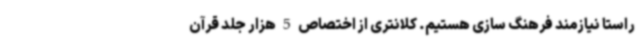
راستا نیازمند فرهنگ سازی هستیم. کلانتری از اختصاص 5 هزار جلد قرآن